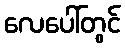
လေပေါ်တွင်